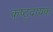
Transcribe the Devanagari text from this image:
कष्ट्दायक